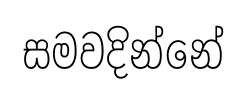
සමවදින්නේ